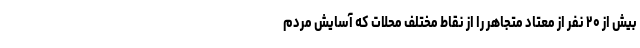
بیش از ۲۰ نفر از معتاد متجاهر را از نقاط مختلف محلات که آسایش مردم